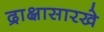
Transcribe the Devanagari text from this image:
द्राक्षासारखे